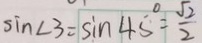
\sin \angle 3 = \sin 4 5 ^ { \circ } = \frac { \sqrt { 2 } } { 2 }